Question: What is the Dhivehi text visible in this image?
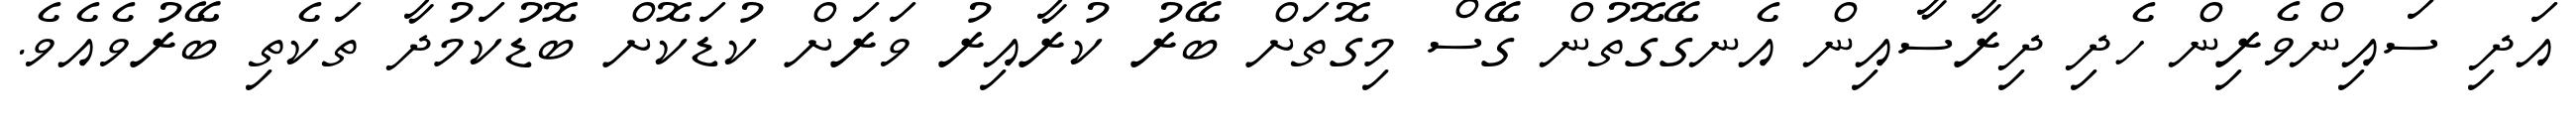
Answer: އަދި ސައިންވެރިން ހެދި ދިރާސާއިން އެނގޭގޮތުން ގޭސް މިގޮތަށް ބޭރު ކުރާއިރު ވަރަށް ކުޑަކޮށް ބޮޑުކަމުދާ ތަކެތި ބޭރުވެއެވެ.